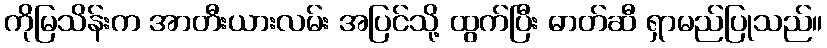
ကိုမြသိန်းက အာတီးယားလမ်း အပြင်သို့ ထွက်ပြီး ဓာတ်ဆီ ရှာမည်ပြုသည်။